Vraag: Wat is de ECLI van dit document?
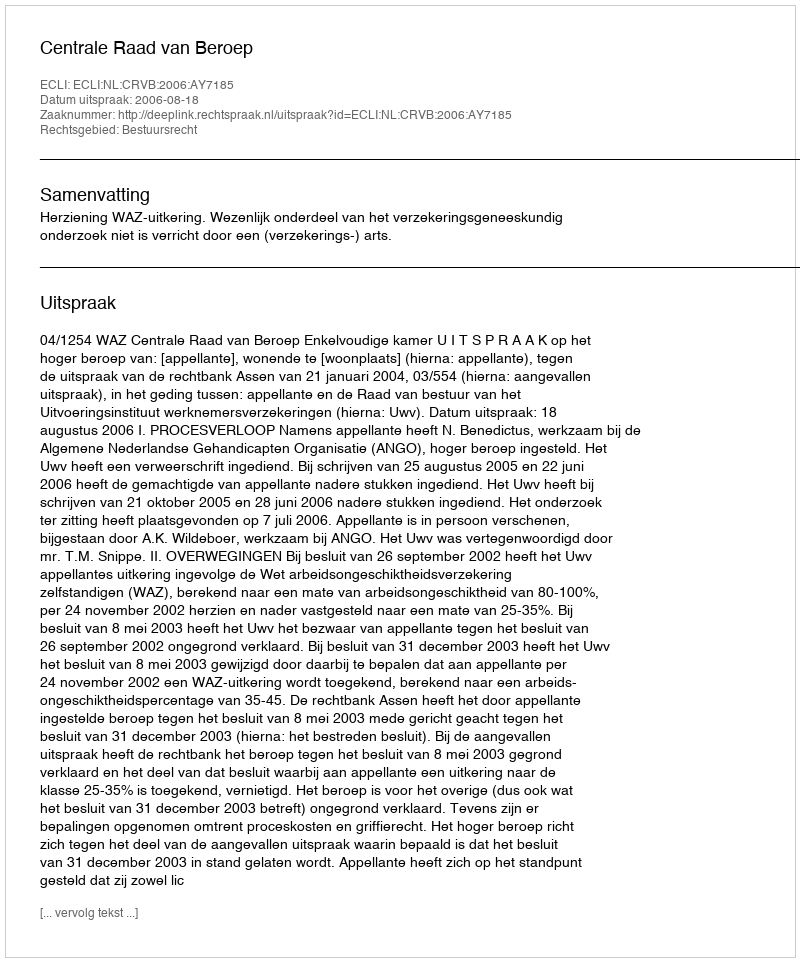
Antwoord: ECLI:NL:CRVB:2006:AY7185